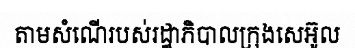
តាមសំណើរបស់រដ្ឋាភិបាលក្រុងសេអ៊ូល